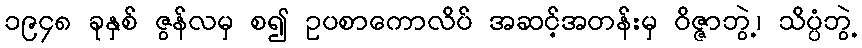
၁၉၄၈ ခုနှစ် ဇွန်လမှ စ၍ ဥပစာကောလိပ် အဆင့်အတန်းမှ ဝိဇ္ဇာဘွဲ့၊ သိပ္ပံဘွဲ့